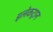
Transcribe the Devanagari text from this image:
इलेकट्रान